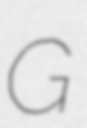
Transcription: G